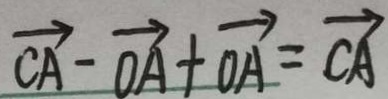
\overrightarrow { C A } - \overrightarrow { O A } + \overrightarrow { O A } = \overrightarrow { C A }